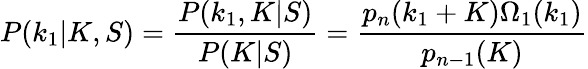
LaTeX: P(k_{1}|K,S)=\frac{P(k_{1},K|S)}{P(K|S)}=\frac{p_{n}(k_{1}+K)\Omega_{1}(k_{1})}{p_{n-1}(K)}